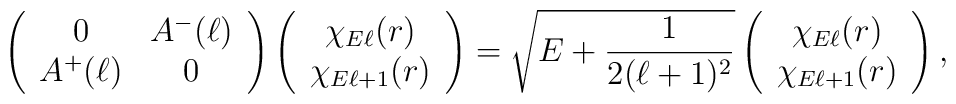
\left(\begin{array}{cc}0&A^{-}(\ell)\\A^{+}(\ell)&0\end{array}\right) \left(\begin{array}{c}\chi_{E\ell}(r)\\\chi_{E\ell+1}(r)\end{array}\right)=\sqrt{E+\frac{1}{2(\ell+1)^{2}}} \left(\begin{array}{c}\chi_{E\ell}(r)\\\chi_{E\ell+1}(r)\end{array}\right) ,